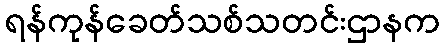
ရန်ကုန်ခေတ်သစ်သတင်းဌာနက